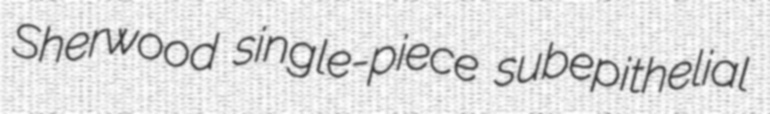
Sherwood single-piece subepithelial